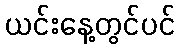
ယင်းနေ့တွင်ပင်